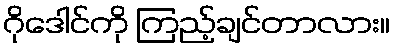
ဂိုဒေါင်ကို ကြည့်ချင်တာလား။